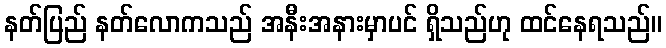
နတ်ပြည် နတ်လောကသည် အနီးအနားမှာပင် ရှိသည်ဟု ထင်နေရသည်။